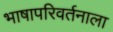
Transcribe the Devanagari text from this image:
भाषापरिवर्तनाला